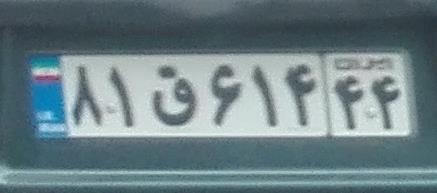
۸۱ق۶۱۴۴۴